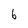
Character: 6